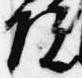
院